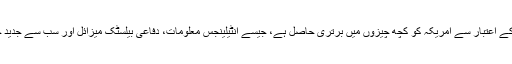
ٹیکنالوجی کے اعتبار سے امریکہ کو کچھ چیزوں میں برتری حاصل ہے، جیسے انٹیلینجس معلومات، دفاعی بیلسٹک میزائل اور سب سے جدید جنگی جہاز۔